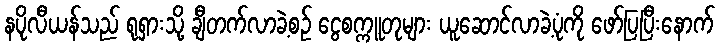
နပိုလီယန်သည် ရုရှားသို့ ချီတက်လာခဲ့စဉ် ငွေစက္ကူတုများ ယူဆောင်လာခဲ့ပုံကို ဖော်ပြပြီးနောက်